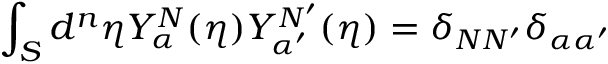
\int _ { S } d ^ { n } { \eta } Y _ { \alpha } ^ { N } ( \eta ) Y _ { \alpha ^ { \prime } } ^ { N ^ { \prime } } ( \eta ) = \delta _ { N N ^ { \prime } } \delta _ { \alpha \alpha ^ { \prime } }